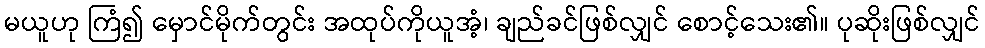
မယူဟု ကြံ၍ မှောင်မိုက်တွင်း အထုပ်ကိုယူအံ့၊ ချည်ခင်ဖြစ်လျှင် စောင့်သေး၏။ ပုဆိုးဖြစ်လျှင်